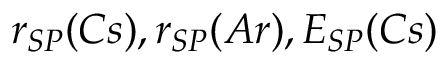
r _ { S P } ( C s ) , r _ { S P } ( A r ) , E _ { S P } ( C s )